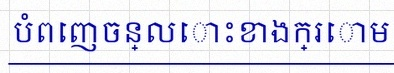
បំពេញចន្លោះខាងក្រោម